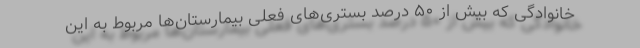
خانوادگی که بیش از ۵۰ درصد بستری‌های فعلی بیمارستان‌ها مربوط به این